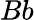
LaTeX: Bb